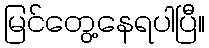
မြင်တွေ့နေရပါပြီ။